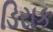
ડિરાક